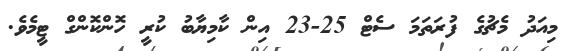
މިއަދު މެޗުގެ ފުރަތަމަ ސެޓް 25-23 އިން ކާމިޔާބު ކުރީ ހޮންކޮންގް ޓީމެވެ.